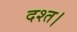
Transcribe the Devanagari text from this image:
दश्त।